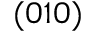
( 0 1 0 )